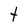
Character: t